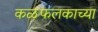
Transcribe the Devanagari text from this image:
कळफलकाच्या